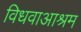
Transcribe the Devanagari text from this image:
विधवाआश्रम